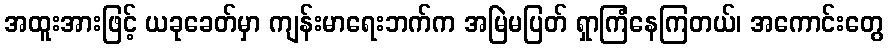
အထူးအားဖြင့် ယခုခေတ်မှာ ကျန်းမာရေးဘက်က အမြဲမပြတ် ရှာကြံနေကြတယ်၊ အကောင်းတွေ